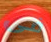
فى